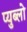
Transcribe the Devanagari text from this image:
प्युब्लो